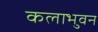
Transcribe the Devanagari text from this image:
कलाभुवन